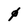
Character: 0